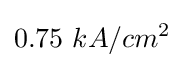
0.75~kA/cm^{2}